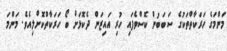
މަންމަގެ ހަރަކާތްތަކުގެ ސަބަބުން ކޮސްވެފައި ހުރި އައިޒަން ދެކޮޅަށް ބޯ ހަރަކާތްކޮށްލިއެވެ. މަންމަ